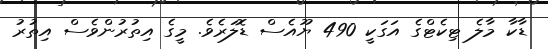
ޑާކާ މާލެ ޓިކެޓްގެ އަގަކީ 490 ޔޫއެސް ޑޮލަރެވެ. މީގެ އިތުރުންވެސް އިތުރު